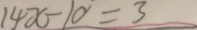
1 4 x - 1 0 = 3